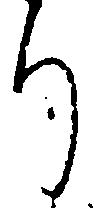
り